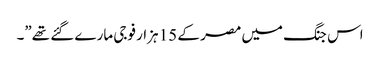
اس جنگ میں مصر کے 15 ہزار فوجی مارے گئے تھے”۔